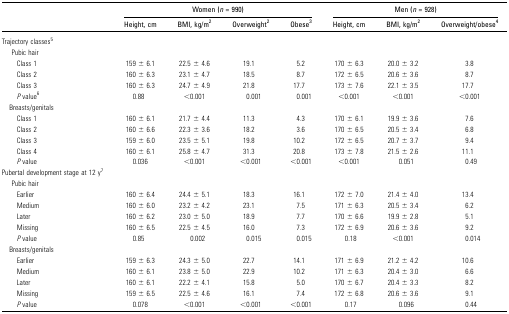
<table><thead><tr><td></td><td colspan="4"><b>Women (<i>n</i> = 990)</b></td><td colspan="3"><b>Men (<i>n</i> = 928)</b></td></tr><tr><td></td><td><b>Height, cm</b></td><td><b>BMI, kg/m<sup>2</sup></b></td><td><b>Overweight<sup>2</sup></b></td><td><b>Obese<sup>3</sup></b></td><td><b>Height, cm</b></td><td><b>BMI, kg/m<sup>2</sup></b></td><td><b>Overweight/obese<sup>4</sup></b></td></tr></thead><tbody><tr><td>Trajectory classes<sup>5</sup></td><td></td><td></td><td></td><td></td><td></td><td></td></tr><tr><td colspan="8"> Pubic hair</td></tr><tr><td>Class 1</td><td>159 ± 6.1</td><td>22.5 ± 4.6</td><td>19.1</td><td>5.2</td><td>170 ± 6.3</td><td>20.0 ± 3.2</td><td>3.8</td></tr><tr><td>Class 2</td><td>160 ± 6.3</td><td>23.1 ± 4.7</td><td>18.5</td><td>8.7</td><td>172 ± 6.5</td><td>20.6 ± 3.6</td><td>8.7</td></tr><tr><td>Class 3</td><td>160 ± 6.3</td><td>24.7 ± 4.9</td><td>21.8</td><td>17.7</td><td>173 ± 7.6</td><td>22.1 ± 3.5</td><td>17.7</td></tr><tr><td><i>P</i> value<sup>6</sup></td><td>0.88</td><td>&lt;0.001</td><td>0.001</td><td>0.001</td><td>&lt;0.001</td><td>&lt;0.001</td><td>&lt;0.001</td></tr><tr><td> Breasts/genitals</td><td></td><td></td><td></td><td></td><td></td><td></td><td></td></tr><tr><td>Class 1</td><td>160 ± 6.1</td><td>21.7 ± 4.4</td><td>11.3</td><td>4.3</td><td>170 ± 6.1</td><td>19.9 ± 3.6</td><td>7.6</td></tr><tr><td>Class 2</td><td>160 ± 6.6</td><td>22.3 ± 3.6</td><td>18.2</td><td>3.6</td><td>170 ± 6.5</td><td>20.5 ± 3.4</td><td>6.8</td></tr><tr><td>Class 3</td><td>159 ± 6.0</td><td>23.5 ± 5.1</td><td>19.8</td><td>10.2</td><td>172 ± 6.5</td><td>20.7 ± 3.7</td><td>9.4</td></tr><tr><td>Class 4</td><td>160 ± 6.1</td><td>25.8 ± 4.7</td><td>31.3</td><td>20.8</td><td>173 ± 7.8</td><td>21.5 ± 2.6</td><td>11.1</td></tr><tr><td><i>P</i> value</td><td>0.036</td><td>&lt;0.001</td><td>&lt;0.001</td><td>&lt;0.001</td><td>&lt;0.001</td><td>0.051</td><td>0.49</td></tr><tr><td>Pubertal development stage at 12 y<sup>7</sup></td><td></td><td></td><td></td><td></td><td></td><td></td></tr><tr><td colspan="8"> Pubic hair</td></tr><tr><td>Earlier</td><td>160 ± 6.4</td><td>24.4 ± 5.1</td><td>18.3</td><td>16.1</td><td>172 ± 7.0</td><td>21.4 ± 4.0</td><td>13.4</td></tr><tr><td>Medium</td><td>160 ± 6.0</td><td>23.2 ± 4.2</td><td>23.1</td><td>7.5</td><td>171 ± 6.3</td><td>20.5 ± 3.4</td><td>6.2</td></tr><tr><td>Later</td><td>160 ± 6.2</td><td>23.0 ± 5.0</td><td>18.9</td><td>7.7</td><td>170 ± 6.6</td><td>19.9 ± 2.8</td><td>5.1</td></tr><tr><td>Missing</td><td>160 ± 6.5</td><td>22.5 ± 4.5</td><td>16.0</td><td>7.3</td><td>172 ± 6.9</td><td>20.6 ± 3.6</td><td>9.2</td></tr><tr><td><i>P</i> value</td><td>0.85</td><td>0.002</td><td>0.015</td><td>0.015</td><td>0.18</td><td>&lt;0.001</td><td>0.014</td></tr><tr><td> Breasts/genitals</td><td></td><td></td><td></td><td></td><td></td><td></td><td></td></tr><tr><td>Earlier</td><td>159 ± 6.3</td><td>24.3 ± 5.0</td><td>22.7</td><td>14.1</td><td>171 ± 6.9</td><td>21.2 ± 4.2</td><td>10.6</td></tr><tr><td>Medium</td><td>160 ± 6.1</td><td>23.8 ± 5.0</td><td>22.9</td><td>10.2</td><td>171 ± 6.3</td><td>20.4 ± 3.0</td><td>6.6</td></tr><tr><td>Later</td><td>160 ± 6.1</td><td>22.2 ± 4.1</td><td>15.8</td><td>5.0</td><td>170 ± 6.7</td><td>20.4 ± 3.3</td><td>8.2</td></tr><tr><td>Missing</td><td>159 ± 6.5</td><td>22.5 ± 4.6</td><td>16.1</td><td>7.4</td><td>172 ± 6.8</td><td>20.6 ± 3.6</td><td>9.1</td></tr><tr><td><i>P</i> value</td><td>0.078</td><td>&lt;0.001</td><td>&lt;0.001</td><td>&lt;0.001</td><td>0.17</td><td>0.096</td><td>0.44</td></tr></tbody></table>